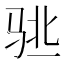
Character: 𱅌